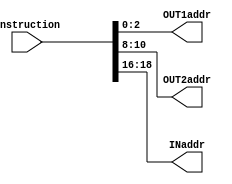
module CU(instruction,OUT1addr,OUT2addr,INaddr);
	input [31:0] instruction;
	output [2:0] OUT1addr;
	output [2:0] OUT2addr;
	output [2:0] INaddr;
	reg OUT2addr,OUT1addr,INaddr;

	always @(instruction) begin
	        OUT1addr = instruction[2:0];
			OUT2addr = instruction[10:8];
			INaddr = instruction[18:16];
	end
endmodule